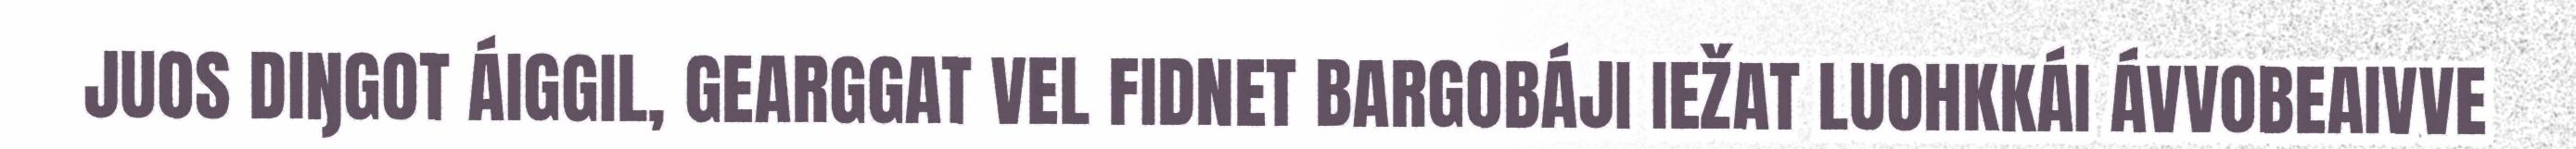
JUOS DIŊGOT ÁIGGIL, GEARGGAT VEL FIDNET BARGOBÁJI IEŽAT LUOHKKÁI ÁVVOBEAIVVE